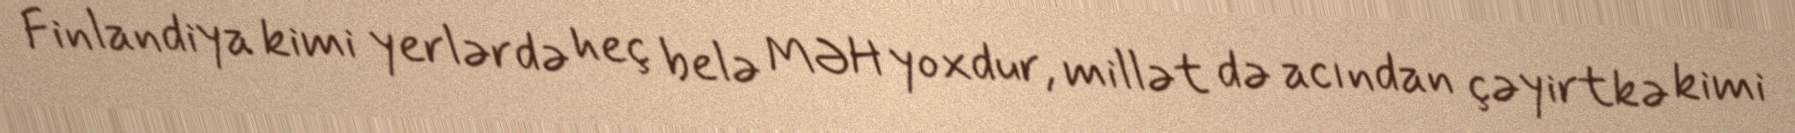
Finlandiya kimi yerlərdə heç belə MƏH yoxdur, millət də acından çəyirtkə kimi